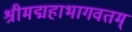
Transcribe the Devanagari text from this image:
श्रीमद्महाभागवतम्